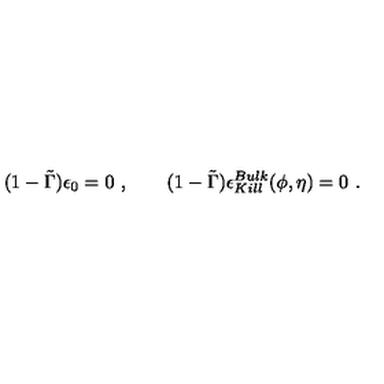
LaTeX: ( 1 - \tilde { \Gamma } ) \epsilon _ { 0 } = 0 \ , \qquad ( 1 - \tilde { \Gamma } ) \epsilon _ { K i l l } ^ { B u l k } ( \phi , \eta ) = 0 \ .